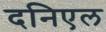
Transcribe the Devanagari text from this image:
दनिएल